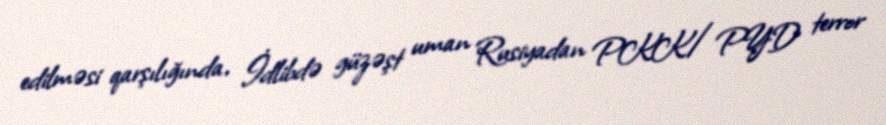
edilməsi qarşılığında, İdlibdə güzəşt uman Rusiyadan PKK/PYD terror